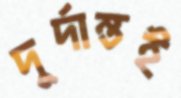
দুর্দান্তই